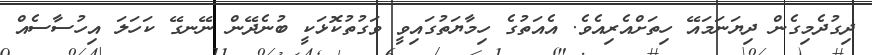
ދިގުދެމިގެން ދިޔަނަމައޭ ހިތަށްއެރިއެވެ. އެއަތުގެ ހިމާޔަތުގައިވީ ވަގުތުކޮޅަކީ ބުނެދޭން ނޭނގޭ ކަހަލަ އިހުސާސެއް